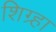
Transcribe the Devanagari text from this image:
शिग्र्हा